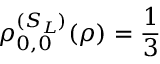
\rho _ { 0 , 0 } ^ { ( S _ { L } ) } ( \rho ) = { \frac { 1 } { 3 } }